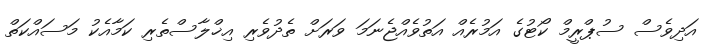
އަދިވެސް ސުޕްރީމް ކޯޓުގެ އަމުރެއް އަތުވެއްޖެނަމަ ވަރަށް ތެދުވެރި އިޚްލާސްތެރި ކަމާއެކު މަސައްކަތް